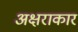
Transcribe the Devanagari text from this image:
अक्षराकार